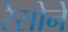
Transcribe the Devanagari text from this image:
रेसोने